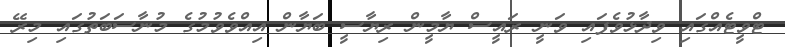
ޓްވީޓެއްގައި ވިދާޅުވެފައި ވަނީ ރައީސް ޔާމީން ރިޔާސީ ބަޔާން އިއްވެވުމުގެ މުނާސަބަތުގައި މިރޭ